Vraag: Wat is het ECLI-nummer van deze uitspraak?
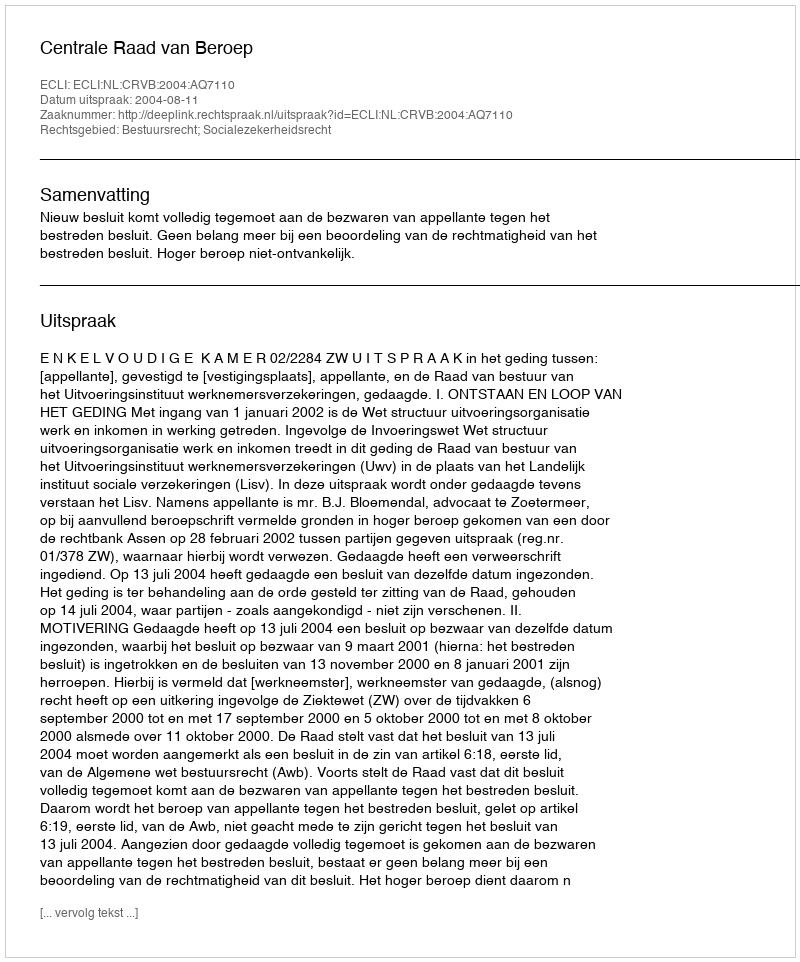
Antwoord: ECLI:NL:CRVB:2004:AQ7110